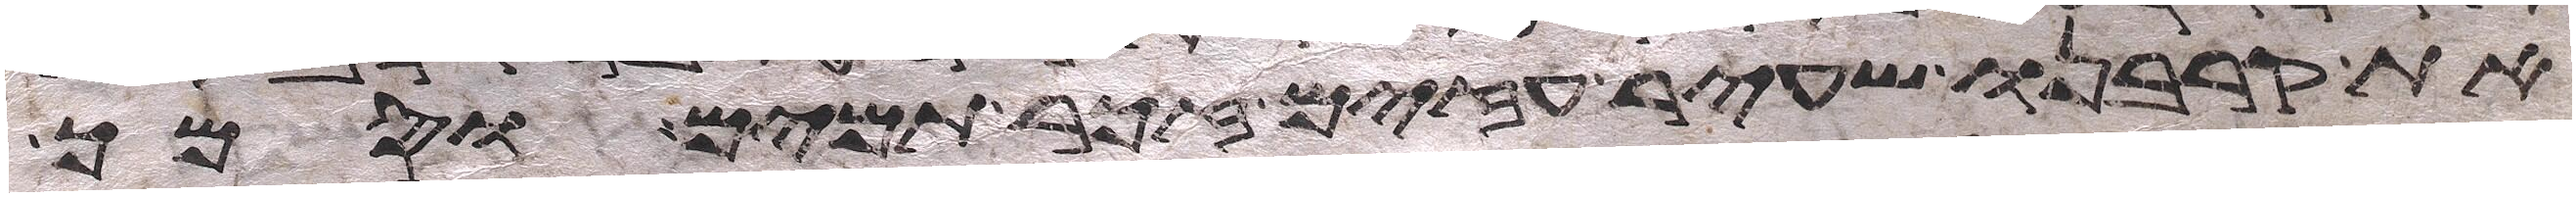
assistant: את קרבנו שעיר עזים זכר תמים וסמך